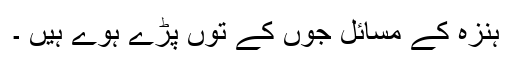
ہنزہ کے مسائل جوں کے توں پڑے ہوے ہیں ۔